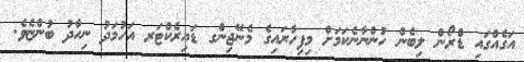
އަގެއްގައި ޑްރޯން ލިބެން ހުންނާނެކަމަށް މިފިހާރައިގެ މެނޭޖިންގ ޑައިރެކްޓަރ އަހުމަދު ނިހާދު ބުންޏެވެ.